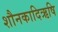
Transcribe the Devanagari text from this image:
शौनकादिऋषि